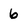
Character: 6